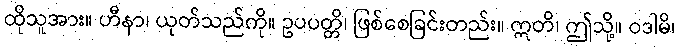
ထိုသူအား။ ဟီနာ၊ ယုတ်သည်ကို။ ဥပပတ္တိ၊ ဖြစ်စေခြင်းတည်း။ ဣတိ၊ ဤသို့။ ဝဒါမိ၊